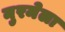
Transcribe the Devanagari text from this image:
नुरमेला